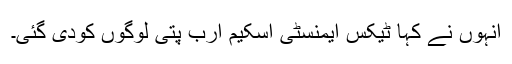
انہوں نے کہا ٹیکس ایمنسٹی اسکیم ارب پتی لوگوں کودی گئی۔